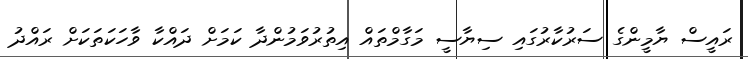
ރައީސް ޔާމީންގެ ސަރުކާރުގައި ސިޔާސީ މަގާމްތައް އިތުރުވަމުންދާ ކަމަށް ދައްކާ ވާހަކަތަކަށް ރައްދު